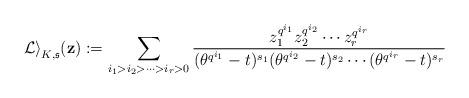
LaTeX: \begin{align*}\mathcal{Li}_{K,\mathfrak{s}}({\bf z}):=\sum_{i_1>i_2>\cdots>i_r>0}\frac{z_1^{q^{i_1}}z_2^{q^{i_2}}\cdots z_r^{q^{i_r}}}{(\theta^{q^{i_1}}-t)^{s_1}(\theta^{q^{i_2}}-t)^{s_2}\cdots (\theta^{q^{i_r}}-t)^{s_r}}\end{align*}